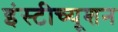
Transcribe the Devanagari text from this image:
इंस्टीच्यूशन